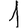
Digit: 1